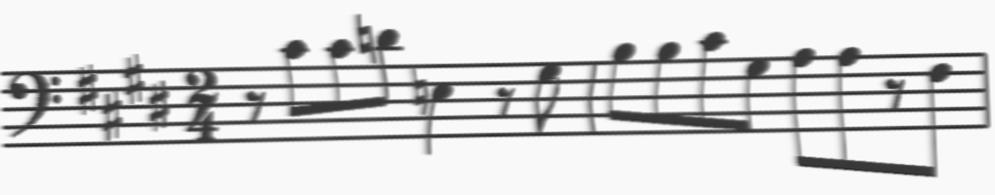
Transcription: clef-F4 keySignature-EM timeSignature-2/4 rest-eighth note-C#4_eighth note-C#4_eighth note-D4_eighth note-E3_quarter rest-eighth note-G#3_eighth barline note-B3_eighth note-B3_eighth note-C#4_eighth note-G#3_eighth note-A3_eighth note-A3_eighth rest-eighth note-F#3_eighth